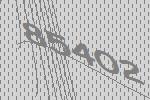
85402